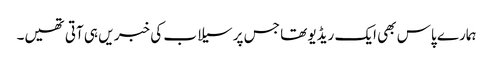
ہمارے پاس بھی ایک ریڈیو تھا جس پر سیلاب کی خبر یں ہی آتی تھیں۔